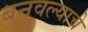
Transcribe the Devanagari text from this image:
बनवल्याचे